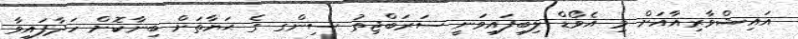
އައިޝްވާރިއާއަށް މި އެވޯޑް ލިބިފައިވަނީ ސަރަބްޖިތު ސިންގ ގެ ޙަޔާތަށް ބިނާކޮށް ހަދާފައިވާ